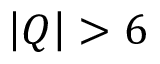
\left| Q \right| > 6